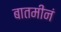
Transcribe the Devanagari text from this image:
बातमीनं